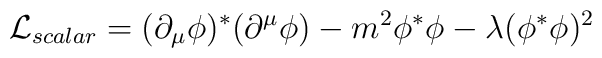
{\cal L}_{scalar} = (\partial _{\mu} \phi) ^{\ast} (\partial ^{\mu} \phi)-m^2 \phi ^{\ast} \phi - \lambda (\phi ^{\ast} \phi)^2